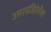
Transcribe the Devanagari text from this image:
उत्तरसंहितेतील